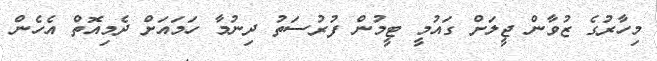
މިހާރުގެ ޒުވާން ޖީލަށް ގައުމީ ޓީމުން ފުރުސަތު ދިނުމާ ހަމައަށް ދެމިއޮތް އެހެން